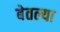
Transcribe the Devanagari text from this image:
बेतल्या